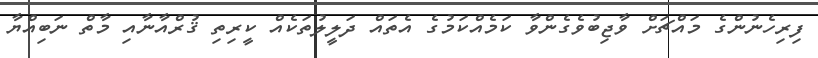
ފިރިހެނުންގެ މައްޗަށް ވާޖިބުވެގެންވާ ކަމެއްކަމުގެ އެތައް ދަލީލުތަކެއް ކީރިތި ޤުރްއާނާއި މާތް ނަބިއްޔާ